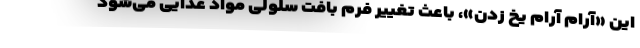
این «آرام آرام یخ زدن»، باعث تغییر فرمِ بافتِ سلولیِ مواد غذایی می‌شود